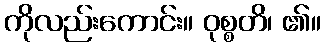
ကိုလည်းကောင်း။ ဝုစ္စတိ၊ ၏။